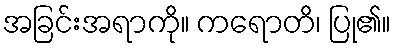
အခြင်းအရာကို။ ကရောတိ၊ ပြု၏။